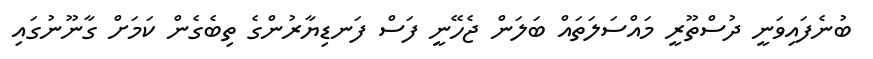
ބުނެފައިވަނީ ދުސްތޫރީ މައްސަލަތައް ބަލަން ޖެހޭނީ ފަސް ފަނޑިޔާރުންގެ ތިބެގެން ކަމަށް ގާނޫނުގައި